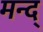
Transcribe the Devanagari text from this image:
मन्द्